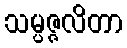
သမ္ပဇ္ဇလိတာ